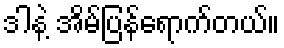
ဒါနဲ့ အိမ်ပြန်ရောက်တယ်။